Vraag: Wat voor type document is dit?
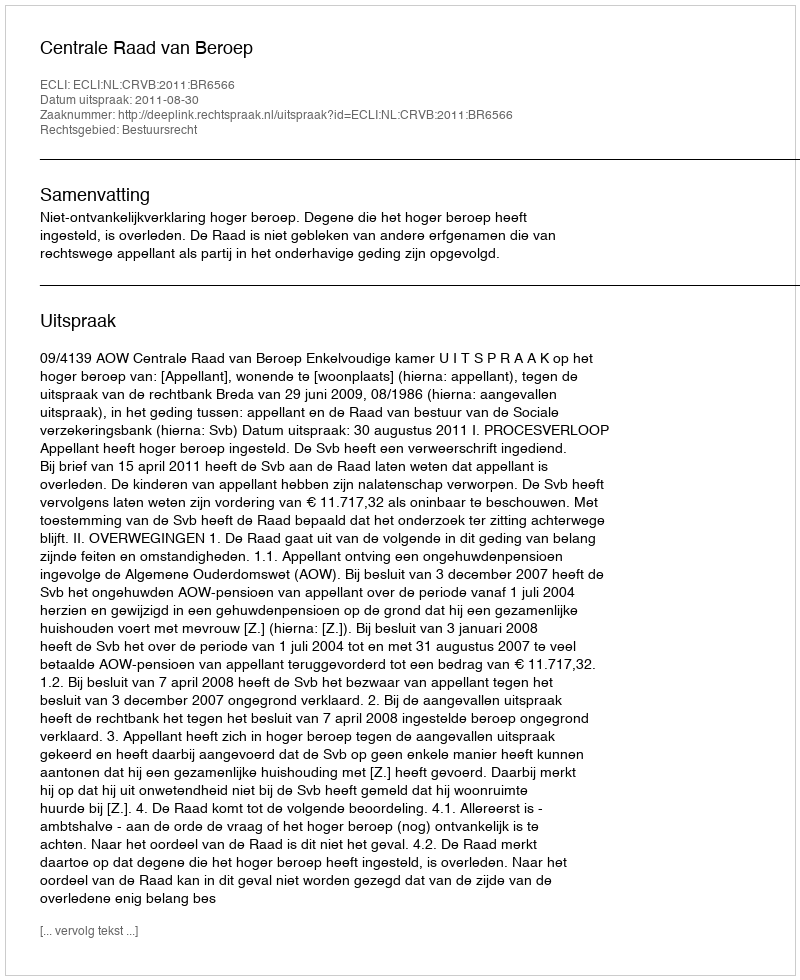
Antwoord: Uitspraak